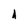
Character: 1